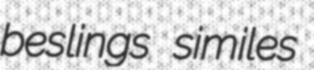
beslings similes